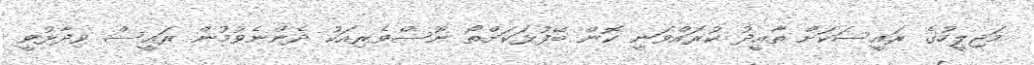
މަޖިލީހުގެ ރައީސަކަށް ތާއީދު ކުރައްވަނީ ކޮން ބޭފުޅަކަށްތޯ ނޫސްވެރިއަކު ދެންނެވުމުން ރައީސް ވިދާޅުވީ